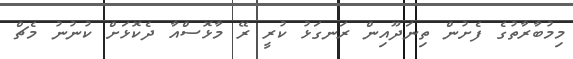
މިމުބާރާތުގެ ފެށުން ތިނަދޫއިން ރަނގަޅު ކުރީ ރޭ މާޅޮސްއާ ދެކޮޅަށް ކުނުނު މެޗް